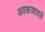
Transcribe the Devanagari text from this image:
अवकाशातले